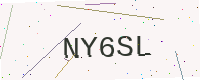
Text: NY6SL